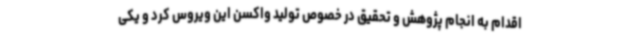
اقدام به انجام پژوهش و تحقیق در خصوص تولید واکسن این ویروس کرد و یکی